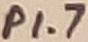
Text: P1.7